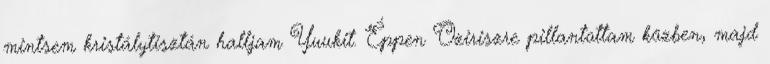
mintsem kristálytisztán halljam Yuukit. Éppen Oziriszre pillantottam közben, majd